Source: Handwritten
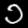
Digit: ၁ (1)